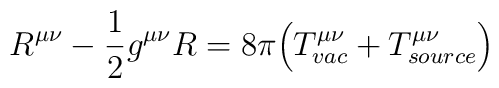
R^{\mu\nu} - \frac{1}{2} g^{\mu\nu} R =    8\pi \Bigl( T^{\mu\nu}_{vac} + T^{\mu\nu}_{source}\Bigr)